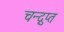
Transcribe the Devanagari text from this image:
चन्द्गुप्त